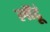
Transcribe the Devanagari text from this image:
लौंटूं